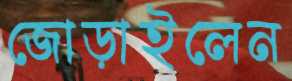
জোড়াইলেন